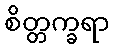
စိတ္တက္ခရာ